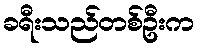
ခရီးသည်တစ်ဦးက